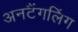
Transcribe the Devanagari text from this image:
अनटैंगलिंग